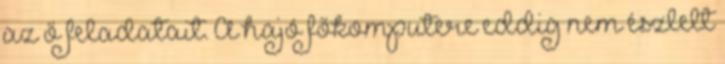
az ő feladatait. A hajó főkomputere eddig nem észlelt